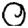
Digit: 0